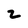
Character: 2